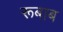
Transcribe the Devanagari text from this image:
रूबाब